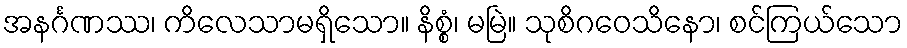
အနင်္ဂဏဿ၊ ကိလေသာမရှိသော။ နိစ္စံ၊ မမြဲ။ သုစိဂဝေသိနော၊ စင်ကြယ်သော